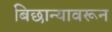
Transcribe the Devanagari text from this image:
बिछान्यावरून